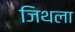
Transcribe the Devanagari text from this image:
जिथला